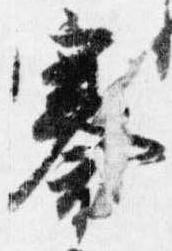
褰